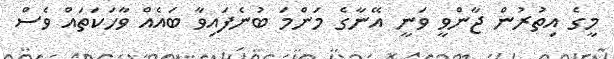
މީގެ އިތުރުން ޖާންވީ ވަނީ އޭނާގެ މަންމަ ބުނެފައިވާ ބައެއް ވާހަކަތައް ވެސް